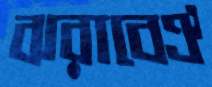
ঝরাবেঐ